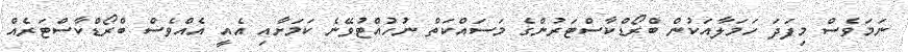
ނަމަވެސް މިފަދަ ހަމަލާއަކުން ބްރޯޑްކާސްޓަރުންގެ މަސައްކަތް ނުހުއްޓުވޭނެ ކަމަށާއި އެއީ އެއްވެސް ބްރޯޑްކާސްޓަރެއް